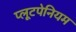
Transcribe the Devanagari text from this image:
प्लूटपेनियम